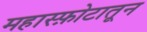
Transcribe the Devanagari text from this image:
महास्फ़ोटातून